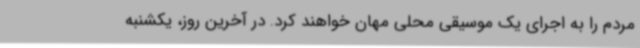
مردم را به اجرای یک موسیقی محلی مهان خواهند کرد. در آخرین روز، یکشنبه